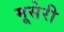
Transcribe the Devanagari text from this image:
मूसेरी